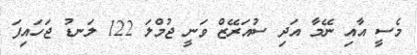
މެސީ އާއި ނޭމާ އަދި ސުއަރޭޒް ވަނީ ޖުމްލަ 122 ލަނޑު ޖަހައިފަ